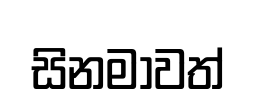
සිනමාවත්